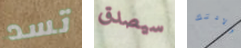
تسد سيصدق ولادتك